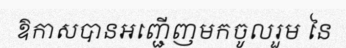
ឱកាសបានអញ្ជើញមកចូលរួម នៃ